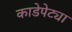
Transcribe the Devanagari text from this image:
काडेपेट्या